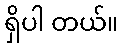
ရှိပါ တယ်။